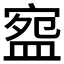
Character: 𭾅